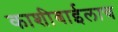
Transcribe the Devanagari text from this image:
काशीबाईलाच